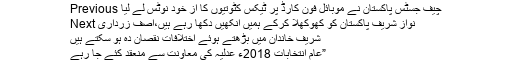
Previous چیف جسٹس پاکستان نے موبائل فون کارڈ پر ٹیکس کٹوتیوں کا از خود نوٹس لے لیا
Next نواز شریف پاکستان کو کھوکھلا کرکے ہمیں آنکھیں دکھا رہے ہیں،آصف زرداری
شریف خاندان میں بڑھتے ہوئے اختلافات نقصان دہ ہو سکتے ہیں
عام انتخابات 2018ء عدلیہ کی معاونت سے منعقد کئے جا رہے”